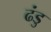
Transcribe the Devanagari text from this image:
ढंडु